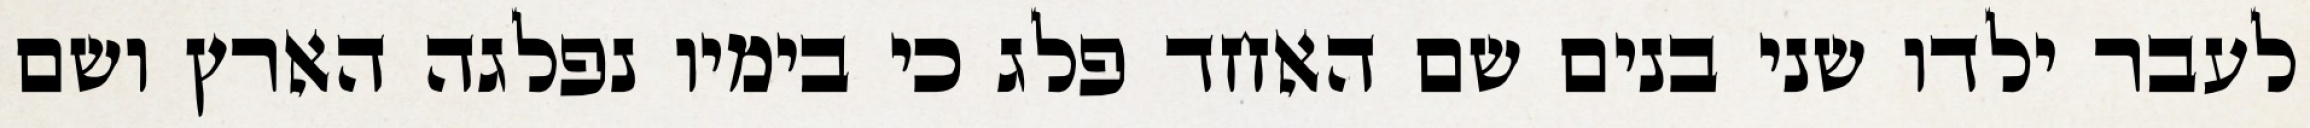
לעבר ילדו שני בנים שם האחד פלג כי בימיו נפלגה הארץ ושם